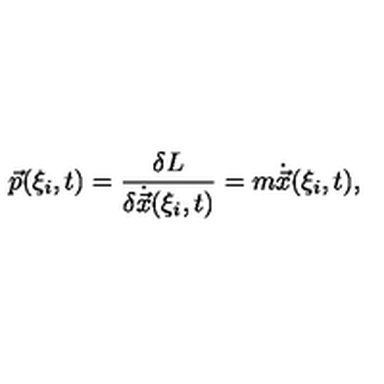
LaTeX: \vec { p } ( \xi _ { i } , t ) = \frac { \delta L } { \delta \dot { \vec { x } } ( \xi _ { i } , t ) } = m \dot { \vec { x } } ( \xi _ { i } , t ) ,